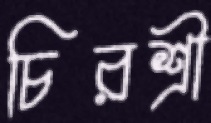
চিরশ্রী